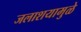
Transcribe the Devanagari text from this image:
जलाशयामुळे